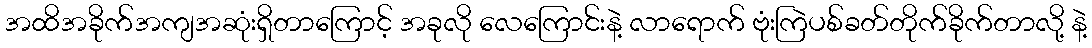
အထိအခိုက်အကျအဆုံးရှိတာကြောင့် အခုလို လေကြောင်းနဲ့ လာရောက် ဗုံးကြဲပစ်ခတ်တိုက်ခိုက်တာလို့ နဲ့